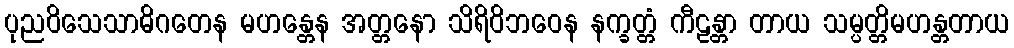
ပုညဝိသေသာဓိဂတေန မဟန္တေန အတ္တနော သိရိဝိဘဝေန နက္ခတ္တံ ကီဠန္တာ တာယ သမ္ပတ္တိမဟန္တတာယ